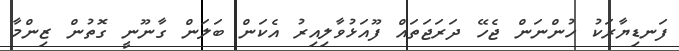
ފަނޑިޔާރަކު ހުންނަން ޖެހޭ ދަރަޖަތައް ފޫއަޅުވާލިއިރު އެކަން ބަލަން ގާނޫނީ ގޮތުން ޒިންމާ